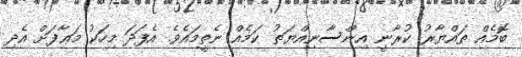
ބޮމެއް ތައްޔާރު ކުރާނީ އިންސާނިއްޔަތު ކަމެއް ނެތީމައެވެ. އެފަދަ މިހަކު މަޢާފަށް އެދި